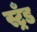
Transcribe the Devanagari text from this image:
स्ट्रँड